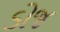
ડોજ